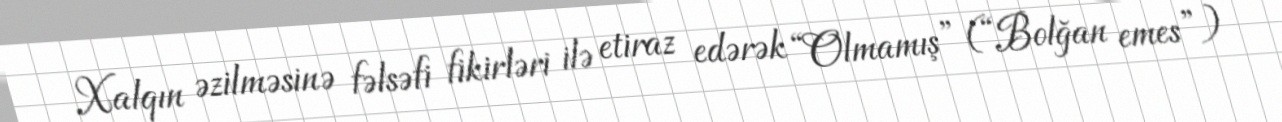
Xalqın əzilməsinə fəlsəfi fikirləri ilə etiraz edərək “Olmamış” (“Bolğan emes”)